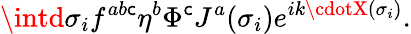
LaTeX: \intd\sigma_{i}f^{ab\mathsf{c}}\eta^{b}\Phi^{\mathsf{c}}J^{a}(\sigma_{i})e^{ik\cdotX(\sigma_{i})}.